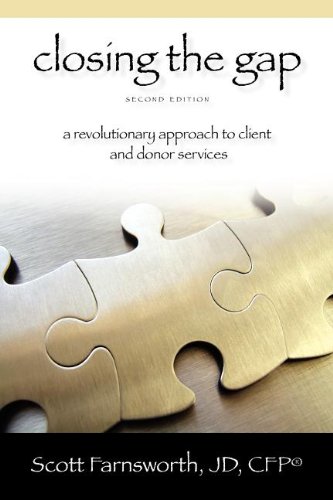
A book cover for Closing the Gap: A Revolutionary Approach to Client and Donor Services; Scott Farnsworth; Law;